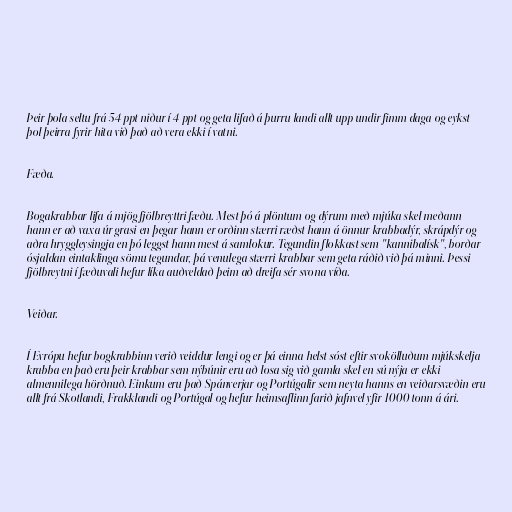
Þeir þola seltu frá 54 ppt niður í 4 ppt og geta lifað á þurru landi allt upp undir fimm daga og eykst
þol þeirra fyrir hita við það að vera ekki í vatni.

Fæða.

Bogakrabbar lifa á mjög fjölbreyttri fæðu. Mest þó á plöntum og dýrum með mjúka skel meðann
hann er að vaxa úr grasi en þegar hann er orðinn stærri ræðst hann á önnur krabbadýr, skrápdýr og
aðra hryggleysingja en þó leggst hann mest á samlokur. Tegundin flokkast sem "kannibalísk", borðar
ósjaldan eintaklinga sömu tegundar, þá venulega stærri krabbar sem geta ráðið við þá minni. Þessi
fjölbreytni í fæðuvali hefur líka auðveldað þeim að dreifa sér svona víða.

Veiðar.

Í Evrópu hefur bogkrabbinn verið veiddur lengi og er þá einna helst sóst eftir svokölluðum mjúkskelja
krabba en það eru þeir krabbar sem nýbúnir eru að losa sig við gamla skel en sú nýja er ekki
almennilega hörðnuð. Einkum eru það Spánverjar og Portúgalir sem neyta hanns en veiðarsvæðin eru
allt frá Skotlandi, Frakklandi og Portúgal og hefur heimsaflinn farið jafnvel yfir 1000 tonn á ári.